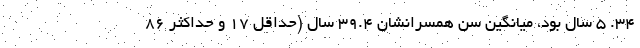
۳۴. ۵ سال بود، میانگین سن همسرانشان ۳۹.۴ سال (حداقل ۱۷ و حداکثر ۸۶